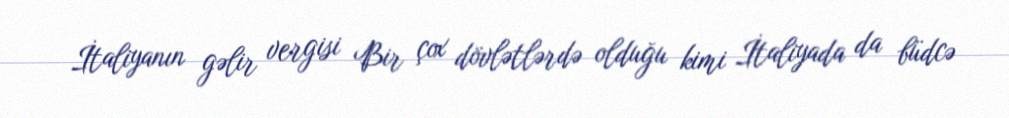
İtaliyanın gəlir vergisi Bir çox dövlətlərdə olduğu kimi İtaliyada da büdcə